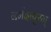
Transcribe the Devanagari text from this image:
नर्मदापुरम्